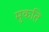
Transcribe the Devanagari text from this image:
मुकति